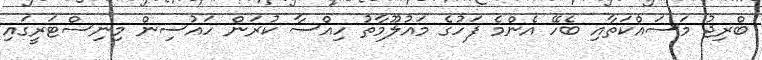
ބްރިޖު މަސައްކަތާއި ބެހޭ އެންމެ ފަހުގެ މައުލޫމާތު ހިއްސާ ކުރަން ހައުސިން މިނިސްޓަރީގައި